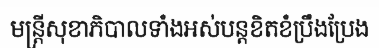
មន្ត្រីសុខាភិបាលទាំងអស់បន្តខិតខំប្រឹងប្រែង